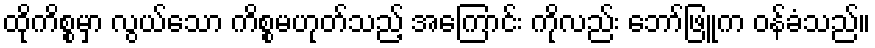
ထိုကိစ္စမှာ လွယ်သော ကိစ္စမဟုတ်သည့် အကြောင်း ကိုလည်း ဘော်ဖြူက ဝန်ခံသည်။